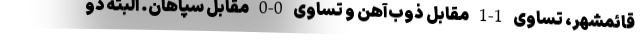
قائمشهر، تساوی 1-1 مقابل ذوب‌آهن و تساوی 0-0 مقابل سپاهان. البته دو